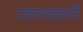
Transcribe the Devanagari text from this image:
मायभवानी